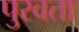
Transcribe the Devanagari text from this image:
पुरवता